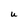
Character: U